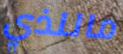
ماللذي